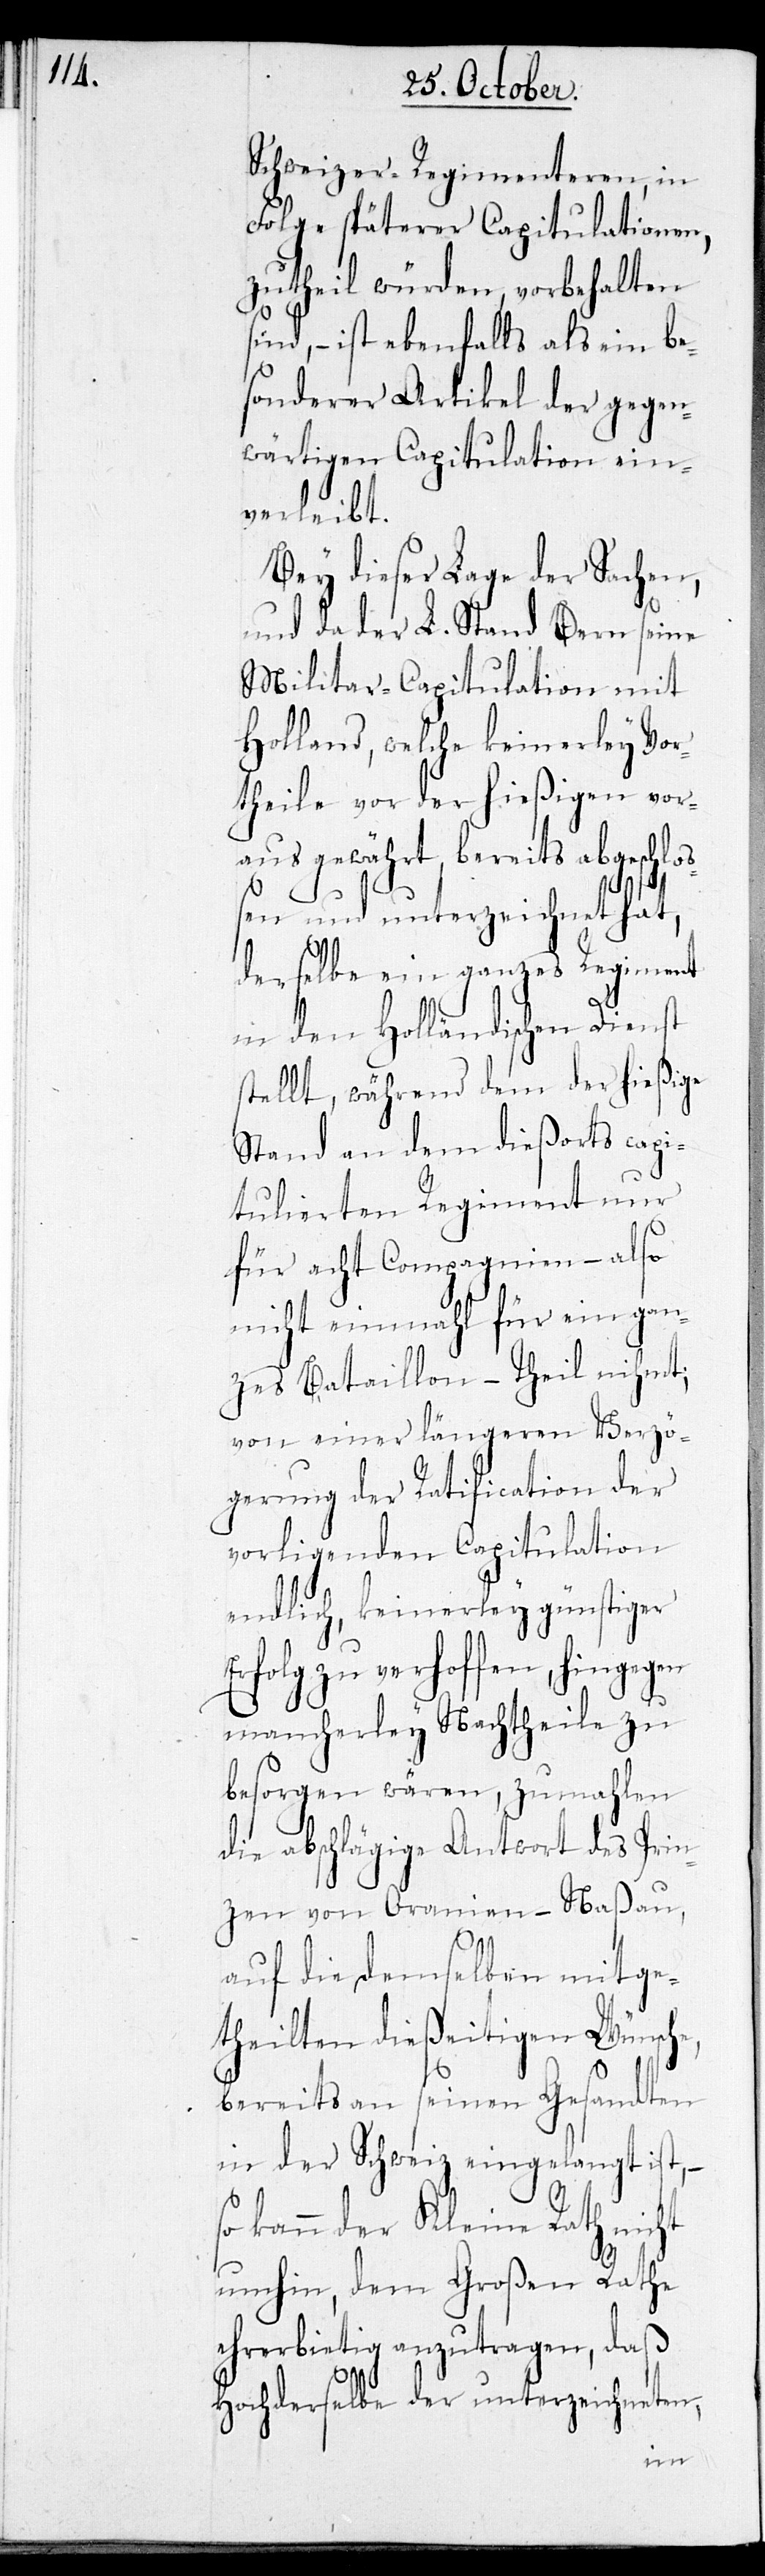
Schweizer-Regimenteren, in
Folge späterer Capitulationen,
zutheil würden, vorbehalten
sind, – ist ebenfalls als ein be¬
sonderer Artikel der gegen¬
wärtigen Capitulation ein¬
verleibt.
Bey dieser Lage der Sachen,
und da der L. Stand Bern seine
Militair-Capitulation mit
Holland, welche keinerley Vor¬
theile vor der hießigen vor¬
aus gewährt, bereits abgeschloß¬
en und unterzeichnet hat,
derselbe ein ganzes Regiment
in den Holländischen Dienst
stellt, während dem der hießige
Stand an dem dießorts capi¬
tulierten Regiment nur
für acht Compagnien – also
nicht einmahl für ein gan¬
zes Bataillon – Theil nihmt;
von einer längeren Verzö¬
gerung der Ratification der
vorligenden Capitulation
endlich, keinerley günstiger
Erfolg zu verhoffen, hingegen
mancherley Nachtheile zu
besorgen wären, zumahlen
die abschlägige Antwort des Prin¬
zen von Oranien-Naßau,
auf die demselben mitge¬
theilten dießeitigen Wünsche,
bereits an seinen Gesandten
in der Schweiz eingelangt ist, –
kann der Kleine Rath nicht
umhin, dem Großen Rathe
ehrerbietig anzutragen, daß
Hochderselbe der unterzeichneten,